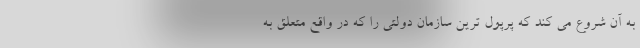
به آن شروع می کند که پرپول ترین سازمان دولتی را که در واقع متعلق به